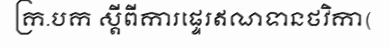
ក្រ.បក ស្តីពីការផ្ទេរឥណទានថវិកា(